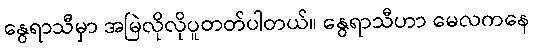
နွေရာသီမှာ အမြဲလိုလိုပူတတ်ပါတယ်။ နွေရာသီဟာ မေလကနေ